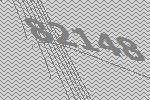
82148